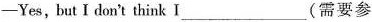
-Yes,，but I don't think I___(需要参